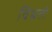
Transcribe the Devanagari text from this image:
विभ्रती